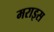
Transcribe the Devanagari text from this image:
मराइस